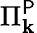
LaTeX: \Pi_{\mathbf{k}}^{\mathsf{{P}}}